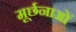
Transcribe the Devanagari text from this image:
मूर्छनाओं